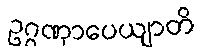
ဥဂ္ဂဏှာပေယျာတိ